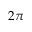
2 \pi